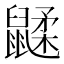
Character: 𲎟